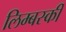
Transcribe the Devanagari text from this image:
लिम्बर्स्की